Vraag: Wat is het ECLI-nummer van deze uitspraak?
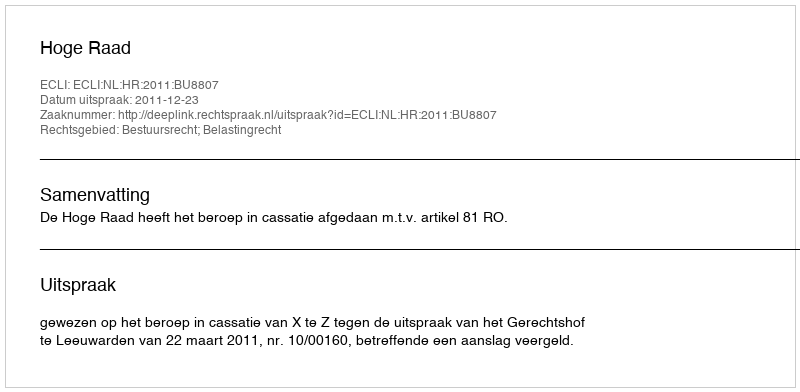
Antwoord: ECLI:NL:HR:2011:BU8807